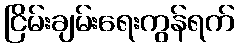
ငြိမ်းချမ်းရေးကွန်ရက်